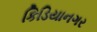
કિડિયાનગર